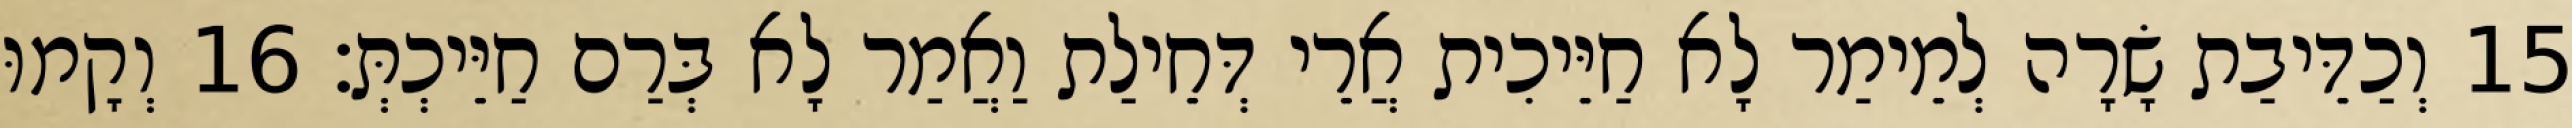
15 וְכַדֵּיבַת שָׂרָה לְמֵימַר לָא חַיֵּיכִית אֲרֵי דְּחֵילַת וַאֲמַר לָא בְּרַם חַיֵּיכְתְּ׃ 16 וְקָמוּ